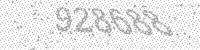
Solution: 928688